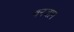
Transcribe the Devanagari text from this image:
बनजाग